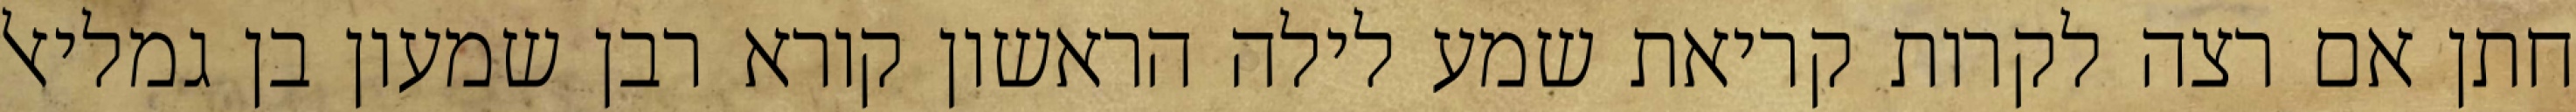
חתן אם רצה לקרות קריאת שמע לילה הראשון קורא רבן שמעון בן גמליאל